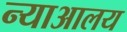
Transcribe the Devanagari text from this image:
न्याआलय